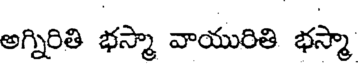
అగ్నిరితి భస్మా వాయురితి భస్మా